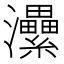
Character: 㶟